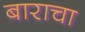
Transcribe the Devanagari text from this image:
बाराचा